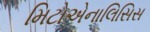
મિટોએનાલિસિસ